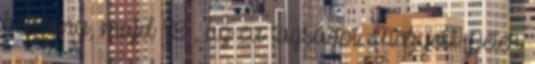
botrány, majd 89 , az eu tagságot Megyesi Péter